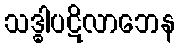
သဒ္ဓါပဋိလာဘေန